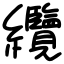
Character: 纜